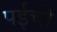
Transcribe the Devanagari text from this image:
पईची